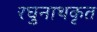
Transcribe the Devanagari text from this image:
रघुनाथकृत